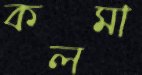
কলমা